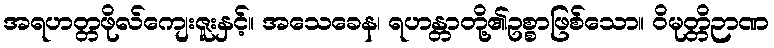
အရဟတ္တဖိုလ်ကျေးဇူးနှင့်။ အသေခေန၊ ရဟန္တာတို့၏ဥစ္စာဖြစ်သော။ ဝိမုတ္တိဉာဏ